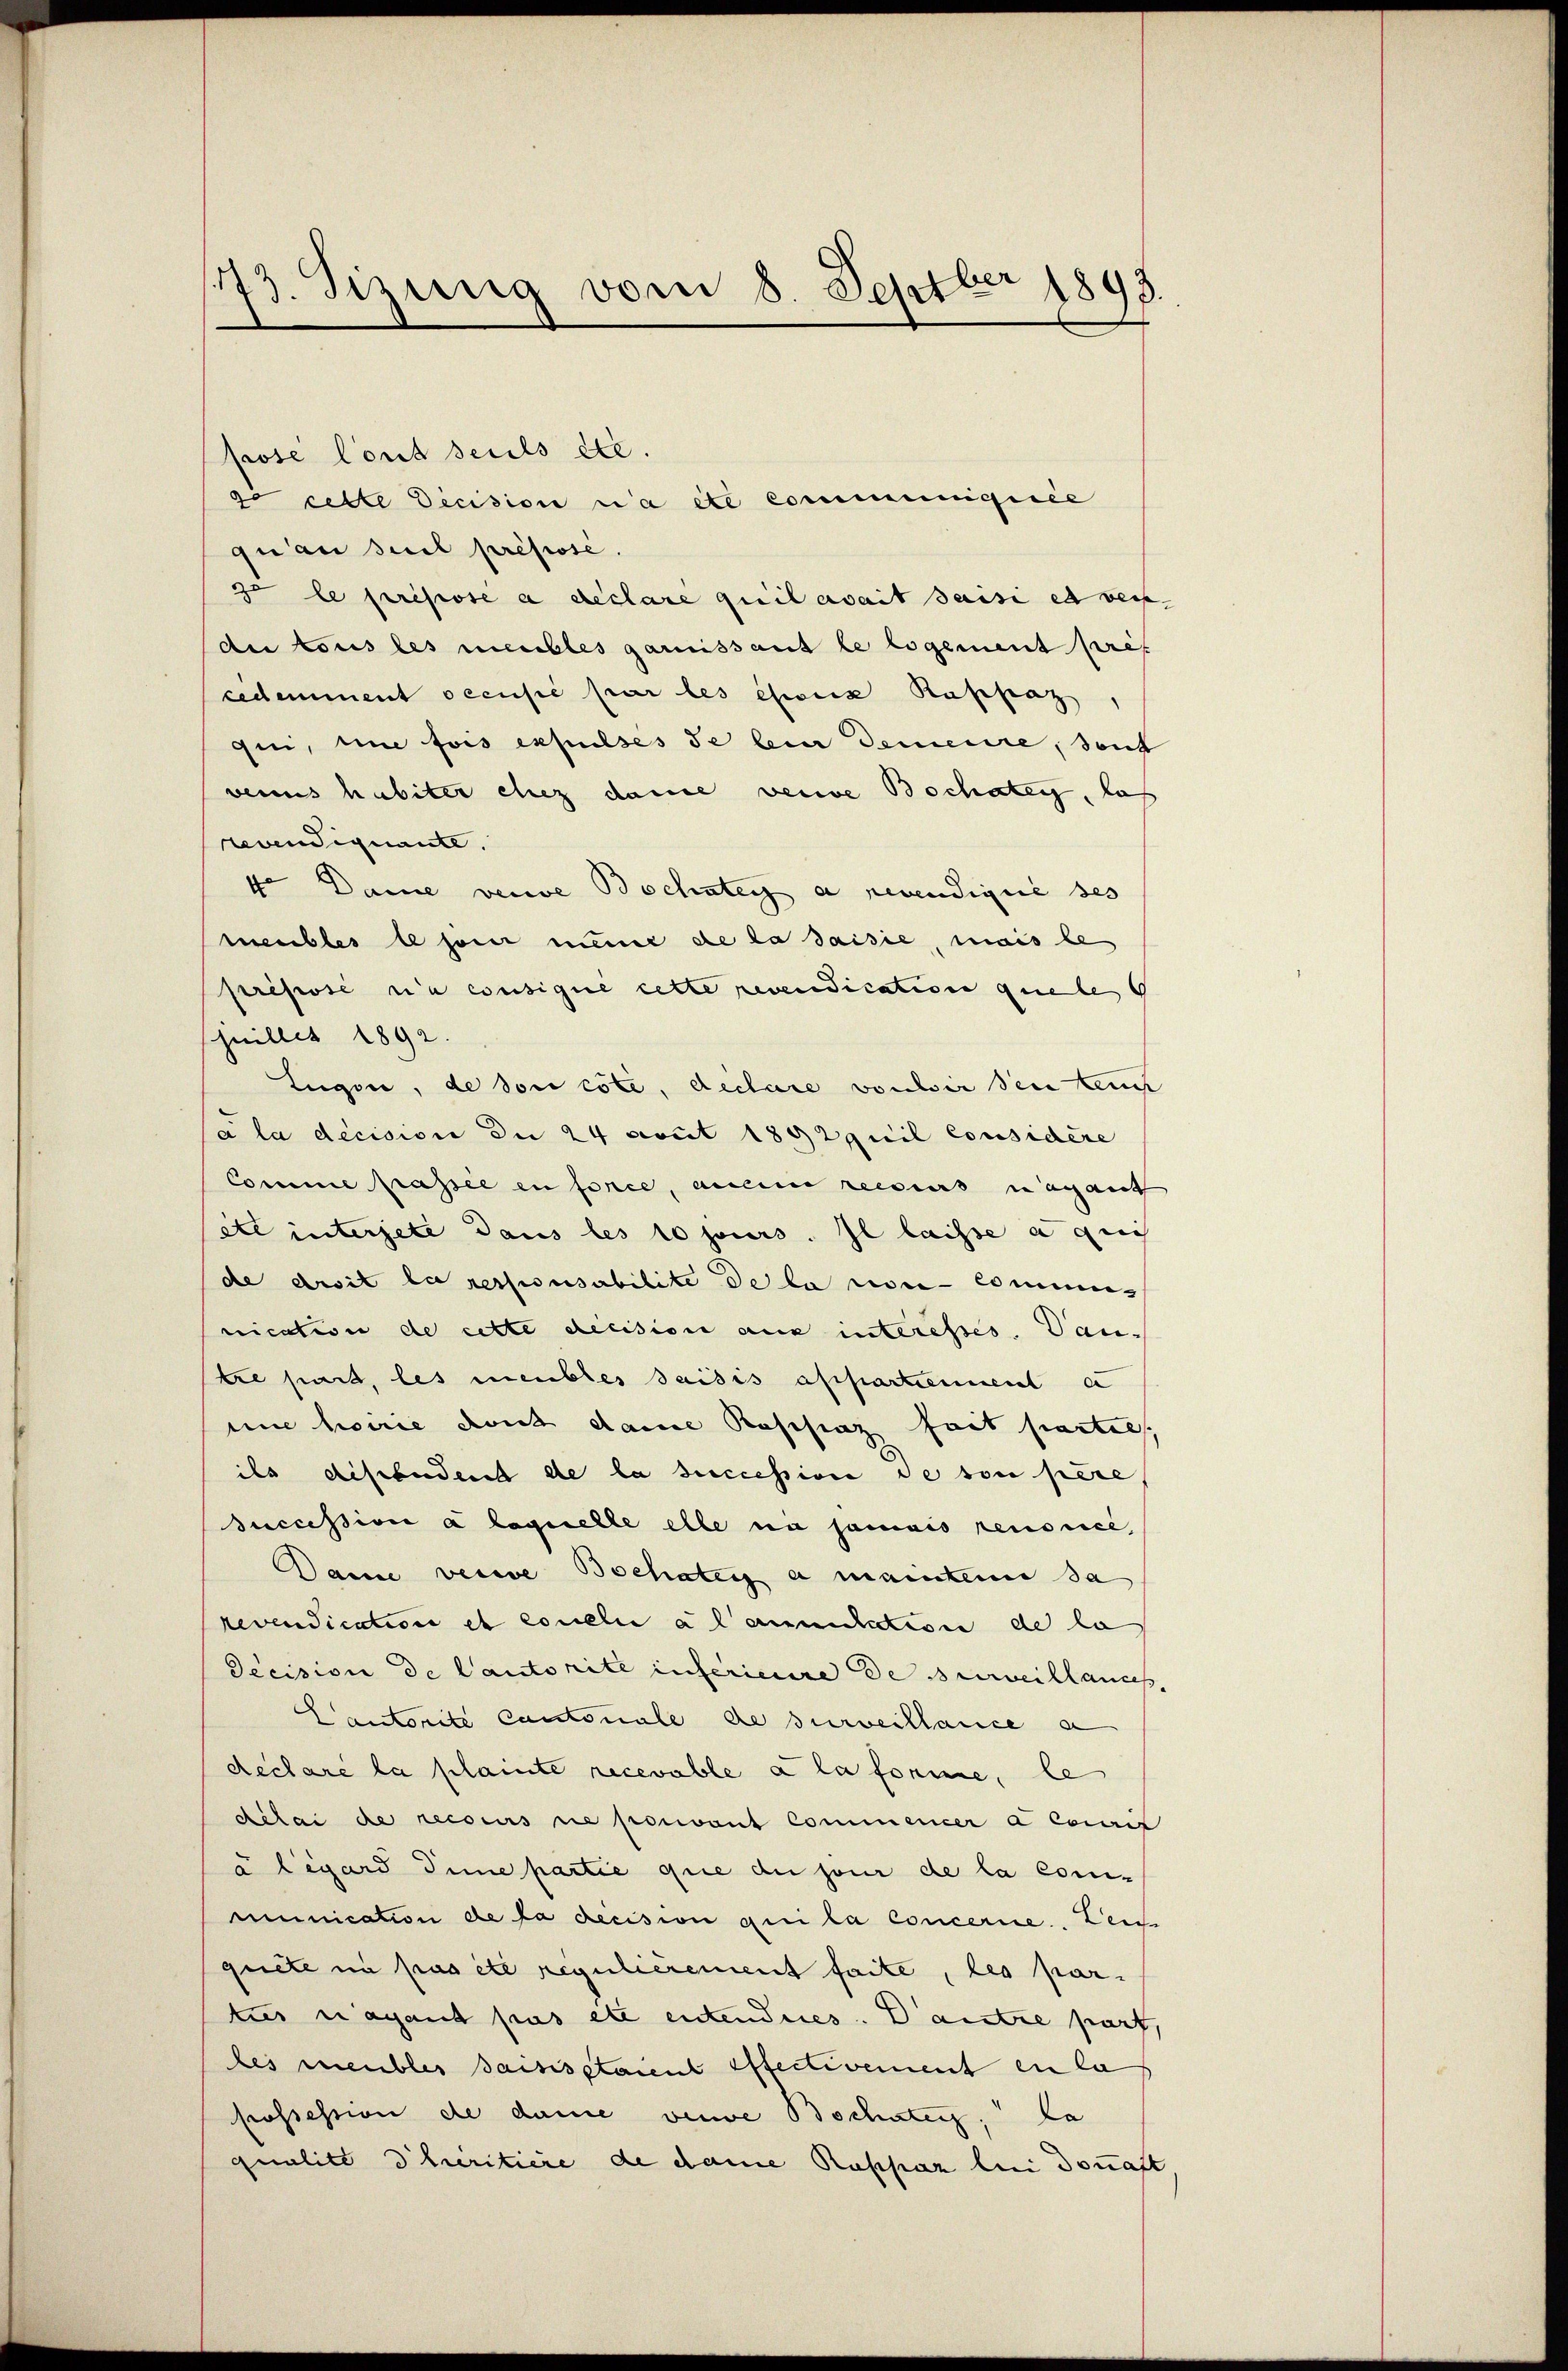
1773. Sizung vom 8. Septber 1893.

prose lond seuls etc.
qu an seel présose.
ze le prisose a déclare quil avait saisi es ver-
de tous les meubles garnissant le logement pris
cedemment oecusié par les esses Rappaz,
qui, eine fois expulses de lein demeure, deut
venus habiter chez dance vende Bochaten, las
vundignante.
4ten Dame vende Bochsten a revendignie ses
meubles le jour meine de la saisie, mais le
preposi ea cousique cette revendication quele G
shnillet 1892.
Eugen, de son cote, declare vonser sein teut
a la décision die 24 sont 1892quil considère
Comme passée en force, anein recours in aus auch
etc intersete dans les 10 jours. Il laisse a auch
de droit la responsabilite de la non communication de cette decision aus interesses. Dan
tre part, les meubles saisis appartement e
un hoirie doit dann Roschinz seit hartels,
ils disebudent de la succession de von pere
succession à laquelle elle nie jamais renonce,
Dame verwe Bochaten a mainteme da
revendication et concelui a l’annulation de la
Pecision de lautorite inferieure de surveillances,
Cantonte Cantonale de surveillance a
declaré la plante recevable à la forme, le
délai de reiseurs ne pouvant commencer à couris
u Ligard Sine partie que du jour de la com-
munication de la decision qui la Concerne. Leic
quete in pas été regulièrement faite, les par-
ties ayant pas etc entendues. Dantre part,
les meubles saisisstaient effectivement en la
prossession de dame vende Bochaten, da
qualité d’heritiere de dame Rappaz bei donast

cette Decision ca etc communiqisée